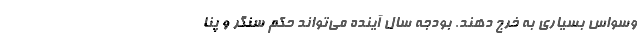
وسواس بسیاری به خرج دهند. بودجه سال آینده می‌تواند حکم سنگر و پنا